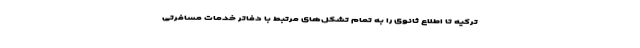
ترکیه تا اطلاع ثانوی را به تمام تشکل‌های مرتبط با دفاتر خدمات مسافرتی